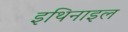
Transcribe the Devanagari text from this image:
इथिनाइल